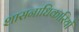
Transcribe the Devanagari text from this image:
शासनाधिकारियों